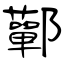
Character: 鄿